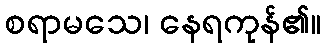
စရာမသေ၊ နေရကုန်၏။